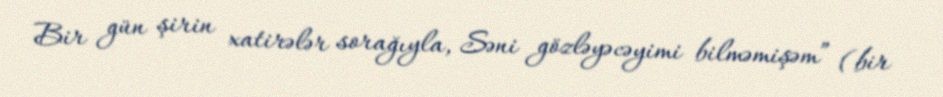
Bir gün şirin xatirələr sorağıyla, Səni gözləyəcəyimi bilməmişəm” (bir